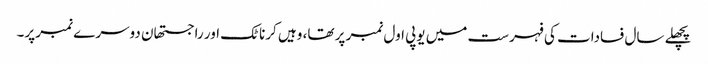
پچھلے سال فسادات کی فہرست میں یوپی اول نمبر پر تھا، وہیں کرناٹک اور راجستھان دوسرے نمبر پر۔